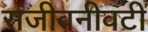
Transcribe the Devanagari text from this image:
संजीवनीवटी